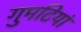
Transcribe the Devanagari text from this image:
गुमटियां